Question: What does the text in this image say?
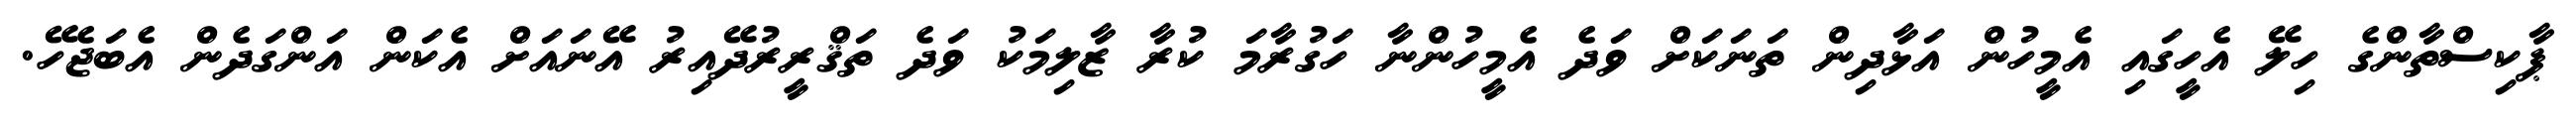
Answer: ޕާކިސްތާންގެ ހިލޭ އެހީގައި އެމީހުން އަޅާދިން ތަނަކަށް ވަދެ އެމީހުންނާ ހަގުރާމަ ކުރާ ޒާލިމަކު ވަދެ ތަޤްރީރުދޭއިރު އޭނައަށް އެކަން އަންގަދެން އެބަޖެހޭ.